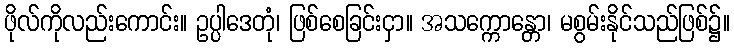
ဖိုလ်ကိုလည်းကောင်း။ ဥပ္ပါဒေတုံ၊ ဖြစ်စေခြင်းငှာ။ အသက္ကောန္တော၊ မစွမ်းနိုင်သည်ဖြစ်၌။